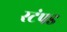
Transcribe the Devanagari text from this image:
स्टंपड